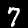
Digit: 7